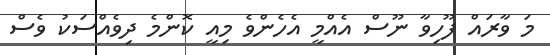
މަ ވާރައް ފޫހިވާ ނޫސް އެއްމީ އެހެންވެ މިއީ ކޮންމެ ދިވެއްސަކު ވެސް